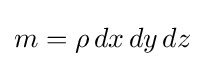
m=\rho \,dx\,dy\,dz